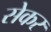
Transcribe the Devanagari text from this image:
सेकर